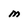
Character: m